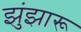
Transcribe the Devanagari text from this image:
झुंझारू